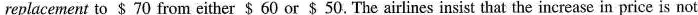
replacement to $ 70 from either $ 60 or $ 50. The airlines insist that the increase in price is not